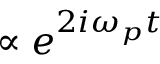
\propto e ^ { 2 i \omega _ { p } t }